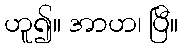
ဟူ၍။ အာဟ၊ ပြီ။